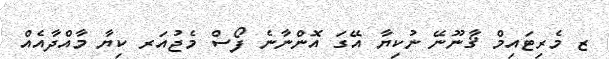
ޒ މެރިޓައިމް ޤާނޫނޭ ނުކިޔާ އޭގަ އޮންނާނެ ފޯސް މެޖުއަރ ކިޔާ މާއްދާއެއް